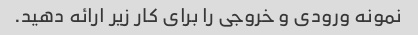
نمونه ورودی و خروجی را برای کار زیر ارائه دهید.